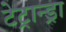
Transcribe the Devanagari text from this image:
टेट्रान्ड्रा